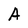
Character: A